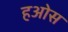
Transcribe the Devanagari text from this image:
हओस